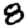
Digit: 8